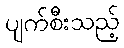
ပျက်စီးသည့်